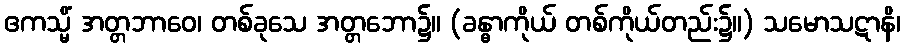
ဧကသ္မိံ အတ္တဘာဝေ၊ တစ်ခုသေ အတ္တဘော၌။ (ခန္ဓာကိုယ် တစ်ကိုယ်တည်း၌။) သမောသဋာနိ၊